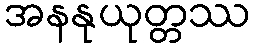
အနနုယုတ္တဿ